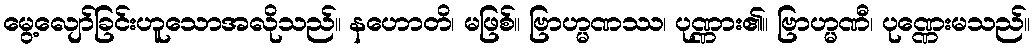
မွေ့လျော်ခြင်းဟူသောအလိုသည်။ နဟောတိ၊ မဖြစ်။ ဗြာဟ္မဏဿ၊ ပုဏ္ဏား၏။ ဗြာဟ္မဏီ၊ ပုဏ္ဏေးမသည်။